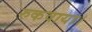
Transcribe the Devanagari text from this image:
रुकवाया।